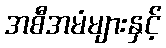
အစီအမံများနှင့်